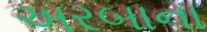
અરબાના